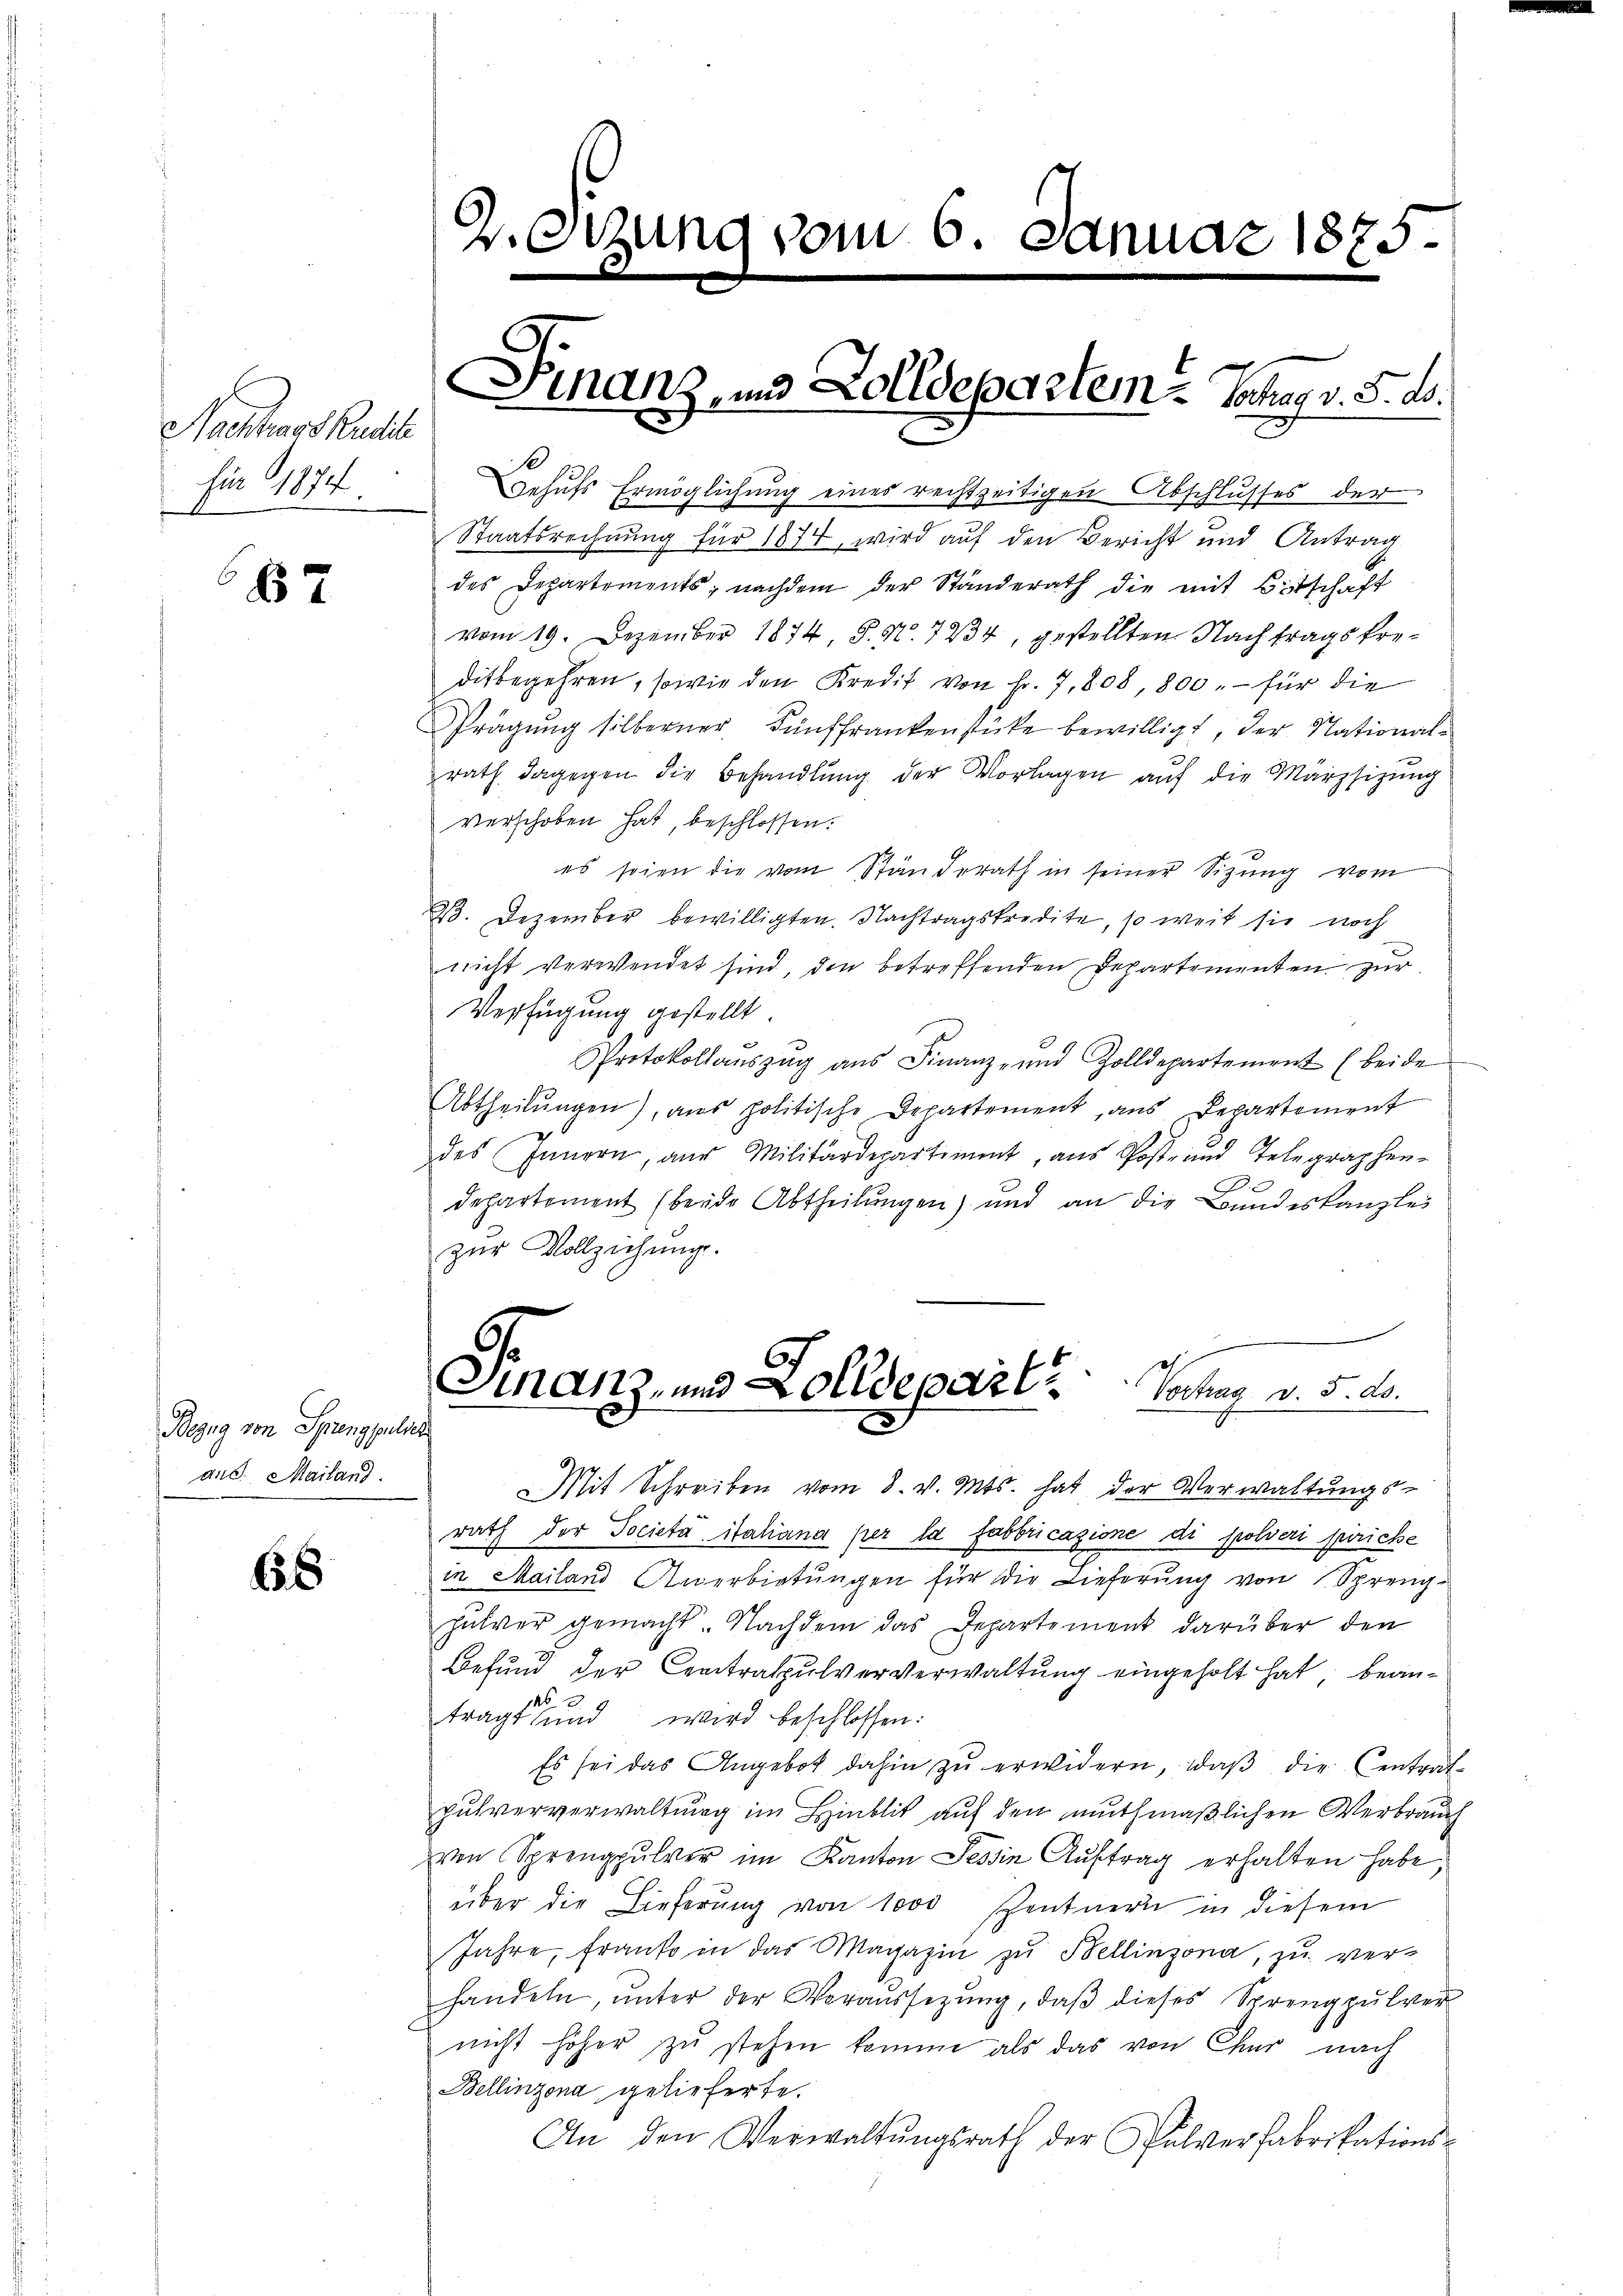
Nachhass Kredite
für 1874
e

67

Bezug von Sprengpulsch
aus. Mailand.

68

D. Sizung vom 6. Januar 1875.

f

Finanz, und Zolldepartem Schar v. 5. ds.

Behufs Ermöglichung eines rechtzeitigen Abschlusses der
Staatsrechnung für 1874, wird auf den Bericht und Antrag
des Departements, nachdem der Ständerath die mit Bitschaft
40
vom 19. Dezember 1874, S. Nr. 7234, gestellten Nachtragstreditbegehren, sowie den Kredit von Fr. 7,808, 800.- für die
Prägung silberner Fünffrankenstücke bewilligt, der Nationalrath dagegen die Behandlung der Vorlagen auf die Märzsizung
verschoben hat, beschlossen.
es seien die vom Standerath in seiner Sitzung vom
33. Dezember bewilligten. Nachtragskredite, so weit sie noch
nicht verwendet sind, den betreffenden Departementen zur
Verfügung gestellt.
Protokollaŭszŭg aŭs Finanz- und Zolldepartement (beide
Abtheilŭngen), ans politische Departement, aus Departement
des Innern, aus Militärdepartiment, aus Post- und Telegraphen-
e
departoment (beide Abtheilungen) und an die Bundeskanzlei
zŭr Vollziehŭng.
Finanz- und Zolldepart           Vertrag v. 5. ds.
Mit Schreiben vom 8. v. Mts. hat der Verwaltungs-
rath der Societa, italiana per la fabbricazione di solveri piriche
in Mailand Anerbietungen für die Lieferung von Sprenghulver gemacht. Nachdem das Departement darüber den
Befund der Centralpulververwaltung eingeholt hat bean¬
A 2
tragt und wird beschlossen:
Es sei das Angebot dahin zŭ erwidern, daβ die Central-
pulververwaltung im Hinblik auf den muthmaßlichen Verbrauch
von Sprengpulver im Kanton Tessin Auftrag erhalten habe;
über die Lieferung von 1000 Zentnern in diesem
Jahre, franko in das Magazin zu Bellinzona, zu ver-
handeln, ŭnter der Veraŭssetzŭng, daβ dieses Sprengpulver
nicht höher zŭ stehen komme als das von Chur nach
Bellinzona gelieferte.
An den Verwaltŭngsrath der Pulverfabrikations-